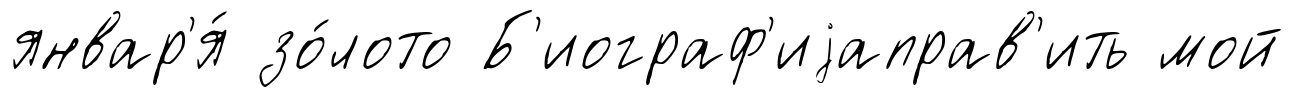
январ'я́ зо́лото Б'иограф'иjаправ'ить мой